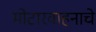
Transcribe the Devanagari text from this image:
मोटारवाहनाचे